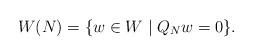
LaTeX: \begin{align*}W(N) = \{w \in W\;| \; Q_Nw = 0\}.\end{align*}